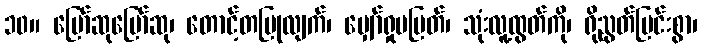
၁၀။ မြော်ဆုမြော်ဆု၊ တောင့်တပြုလျက်၊ မျှော်ရှုမပြတ်၊ သုံးလူ့ထွတ်ကို၊ ရိုညွတ်ပြင်းစွာ၊